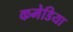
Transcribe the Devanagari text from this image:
कमेडिया